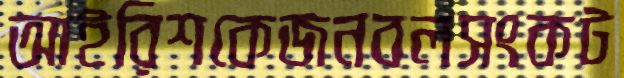
আইরিশকেজনবলসংকট